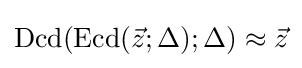
{\text{Dcd}}({\text{Ecd}}({\vec {z}};\Delta );\Delta )\approx {\vec {z}}